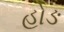
હોઙ